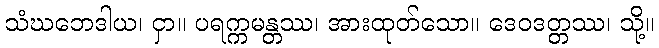
သံဃဘေဒါယ၊ ငှာ။ ပရက္ကမန္တဿ၊ အားထုတ်သော။ ဒေဝဒတ္တဿ၊ သို့။